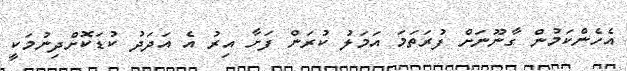
އެހެންކަމުން ގާނޫނަށް ފުރަތަމަ އަމަލު ކުރަން ފަށާ އިރު އެ އަދަދު ކުޑަކޮށްދިނުމަކީ